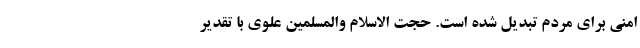
امنی برای مردم تبدیل شده است. حجت الاسلام والمسلمین علوی با تقدیر